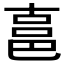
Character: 𰻧